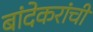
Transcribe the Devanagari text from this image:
बांदेकरांची